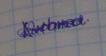
Signature authenticity: genuine